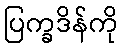
ပြက္ခဒိန်ကို